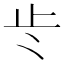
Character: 𭭚